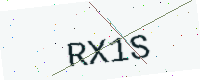
Text: RX1S